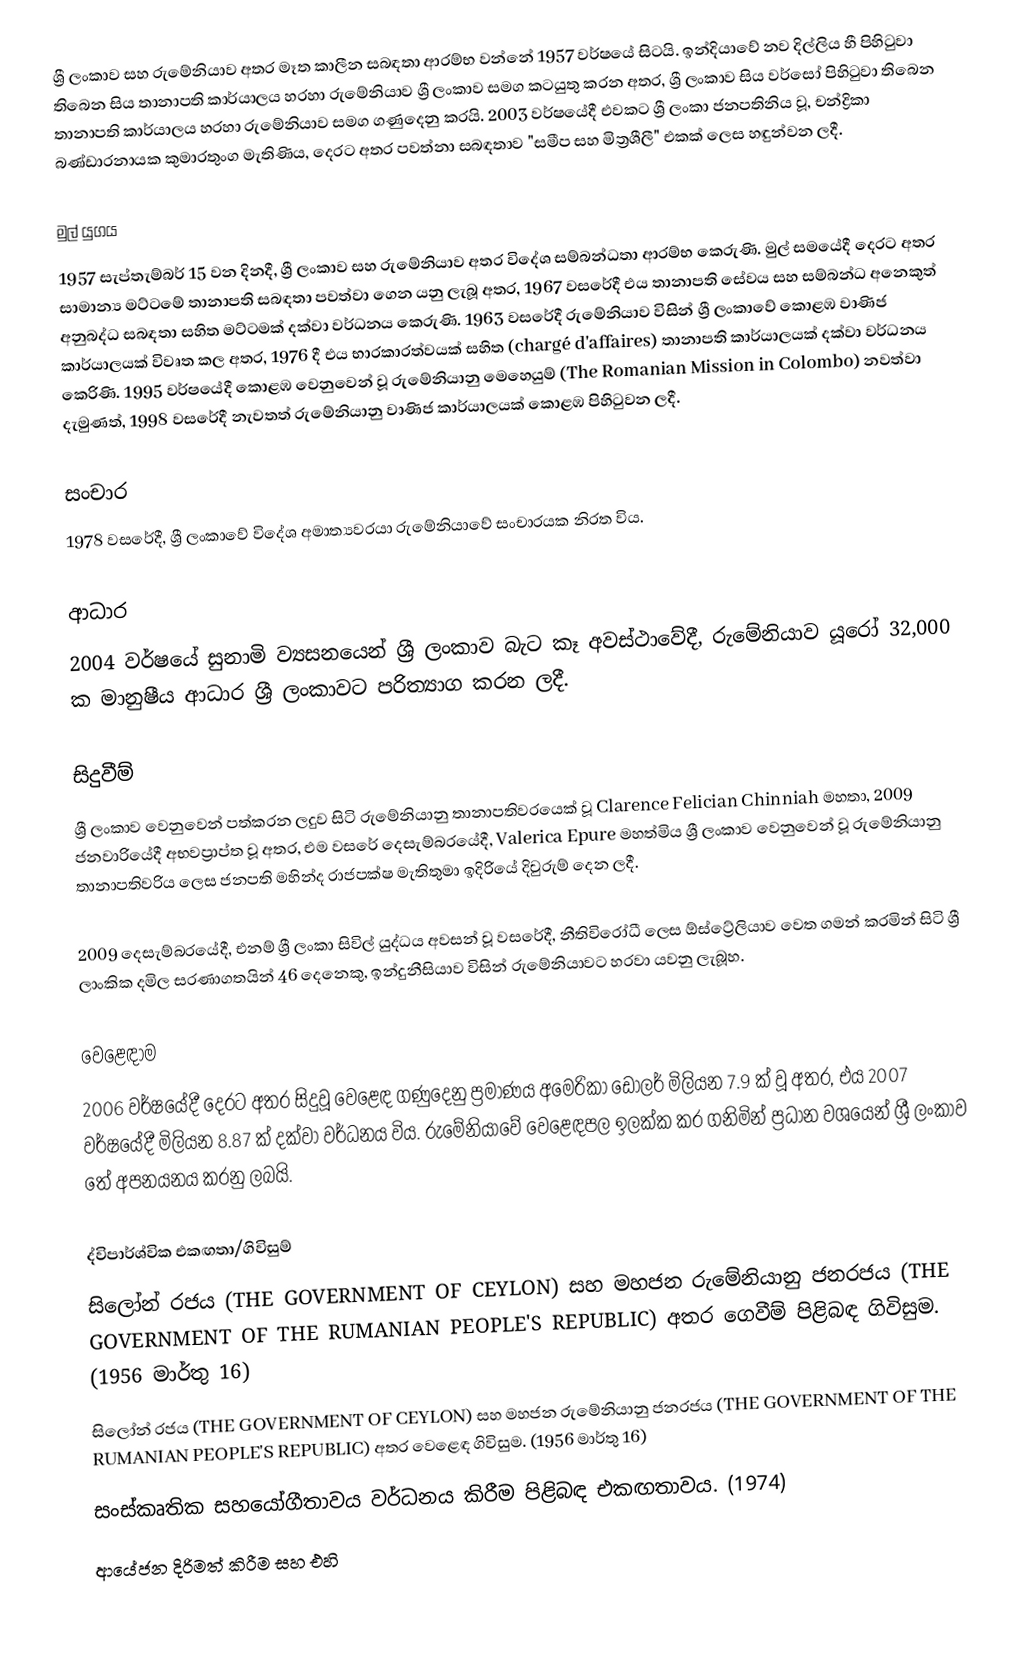
ශ්‍රී ලංකාව සහ රුමේනියාව අතර මෑත කාලීන සබඳතා ආරම්භ වන්නේ 1957 වර්ෂයේ සිටයි. ඉන්දියාවේ නව දිල්ලිය හී පිහිටුවා තිබෙන සිය තානාපති කාර්යාලය හරහා රුමේනියාව ශ්‍රී ලංකාව සමග කටයුතු කරන අතර, ශ්‍රී ලංකාව සිය වර්සෝ පිහිටුවා තිබෙන තානාපති කාර්යාලය හරහා රුමේනියාව සමග ගණුදෙනු කරයි. 2003 වර්ෂයේදී එවකට ශ්‍රී ලංකා ජනපතිනිය වූ, චන්ද්‍රිකා බණ්ඩාරනායක කුමාරතුංග මැතිණිය, දෙරට අතර පවත්නා සබඳතාව "සමීප සහ මිත්‍රශීලී" එකක් ලෙස හඳුන්වන ලදී.

මුල් යුගය
1957 සැප්තැම්බර් 15 වන දිනදී, ශ්‍රී ලංකාව සහ රුමේනියාව අතර විදේශ සම්බන්ධතා ආරම්භ කෙරුණි. මුල් සමයේදී දෙරට අතර සාමාන්‍ය මට්ටමේ තානාපති සබඳතා පවත්වා ගෙන යනු ලැබූ අතර, 1967 වසරේදී එය තානාපති සේවය සහ සම්බන්ධ අනෙකුත් අනුබද්ධ සබඳතා සහිත මට්ටමක් දක්වා වර්ධනය කෙරුණි. 1963 වසරේදී රුමේනියාව විසින් ශ්‍රී ලංකාවේ කොළඹ වාණිජ කාර්යාලයක් විවෘත කල අතර, 1976 දී එය භාරකාරත්වයක් සහිත (chargé d'affaires) තානාපති කාර්යාලයක් දක්වා වර්ධනය කෙරිණි. 1995 වර්ෂයේදී කොළඹ වෙනුවෙන් වූ රුමේනියානු මෙහෙයුම් (The Romanian Mission in Colombo) නවත්වා දැමුණත්, 1998 වසරේදී නැවතත් රුමේනියානු වාණිජ කාර්යාලයක් කොළඹ පිහිටුවන ලදී.

සංචාර
1978 වසරේදී, ශ්‍රී ලංකාවේ විදේශ අමාත්‍යවරයා රුමේනියාවේ සංචාරයක නිරත විය.

ආධාර
2004 වර්ෂයේ සුනාමි ව්‍යසනයෙන් ශ්‍රී ලංකාව බැට කෑ අවස්ථාවේදී, රුමේනියාව යූරෝ 32,000 ක මානුෂීය ආධාර ශ්‍රී ලංකාවට පරිත්‍යාග කරන ලදී.

සිදුවීම්
ශ්‍රී ලංකාව වෙනුවෙන් පත්කරන ලදුව සිටි රුමේනියානු තානාපතිවරයෙක් වූ Clarence Felician Chinniah මහතා, 2009 ජනවාරියේදී අභවප්‍රාප්ත වූ අතර, එම වසරේ දෙසැම්බරයේදී, Valerica Epure මහත්මිය ශ්‍රී ලංකාව වෙනුවෙන් වූ රුමේනියානු තානාපතිවරිය ලෙස ජනපති මහින්ද රාජපක්ෂ මැතිතුමා ඉදිරියේ දිවුරුම් දෙන ලදී.

2009 දෙසැම්බරයේදී, එනම් ශ්‍රී ලංකා සිවිල් යුද්ධය අවසන් වූ වසරේදී, නීතිවිරෝධී ලෙස ඕස්ට්‍රේලියාව වෙත ගමන් කරමින් සිටි ශ්‍රී ලාංකික දමිල සරණාගතයින් 46 දෙනෙකු, ඉන්දුනීසියාව විසින් රුමේනියාවට හරවා යවනු ලැබූහ.

වෙළෙඳාම
2006 වර්ෂයේදී දෙරට අතර සිදුවූ වෙළෙඳ ගණුදෙනු ප්‍රමාණය අමෙරිකා ඩොලර් මිලියන 7.9 ක් වූ අතර, එය 2007 වර්ෂයේදී මිලියන 8.87 ක් දක්වා වර්ධනය විය. රුමේනියාවේ වෙළෙඳපල ඉලක්ක කර ගනිමින් ප්‍රධාන වශයෙන් ශ්‍රී ලංකාව තේ අපනයනය කරනු ලබයි.

ද්විපාර්ශ්වික එකඟතා/ගිවිසුම්
 සිලෝන් රජය (THE GOVERNMENT OF CEYLON) සහ මහජන රුමේනියානු ජනරජය (THE GOVERNMENT OF THE RUMANIAN PEOPLE'S REPUBLIC) අතර ගෙවීම් පිළිබඳ ගිවිසුම. (1956 මාර්තු 16)
 සිලෝන් රජය (THE GOVERNMENT OF CEYLON) සහ මහජන රුමේනියානු ජනරජය (THE GOVERNMENT OF THE RUMANIAN PEOPLE'S REPUBLIC) අතර වෙළෙඳ ගිවිසුම. (1956 මාර්තු 16)
 සංස්කෘතික සහයෝගීතාවය වර්ධනය කිරීම පිළිබඳ එකඟතාවය. (1974)
 ආයේජන දිරිමත් කිරීම සහ එහි